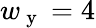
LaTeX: w_{\mathrm{~y~}}=4